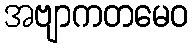
အဗျာကတမေဝ